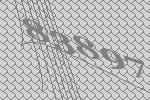
83897